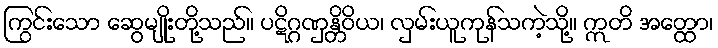
ကြွင်းသော ဆွေမျိုးတို့သည်။ ပဋိဂ္ဂဏှန္တိဝိယ၊ လှမ်းယူကုန်သကဲ့သို့။ ဣတိ အတ္ထော၊